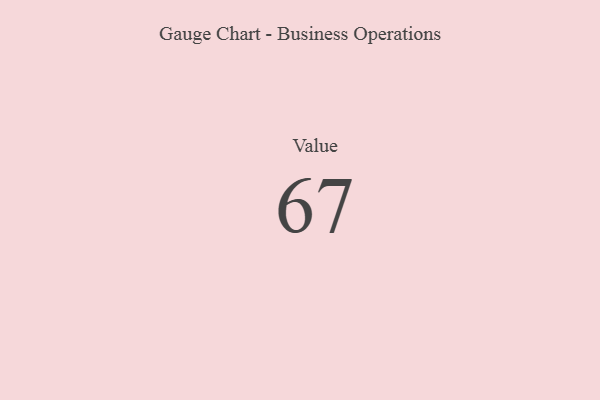
{"axis": {"x": "Metric", "y": "Value"}, "legend": [""], "data": [{"x": "Value", "y": 67, "type": ""}]}